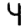
Digit: 4